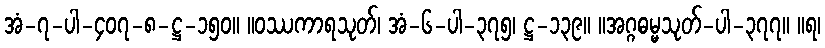
အံ-၇-ပါ-၄၀၇-၈-ဋ္ဌ-၁၅၀။ ။ဝဿကာရသုတ်၊ အံ-၆-ပါ-၃၇၅၊ ဋ္ဌ-၁၃၉။ ။အဂ္ဂဓမ္မသုတ်-ပါ-၃၇၇။ ။ရ၊